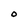
Character: O